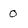
Character: 0